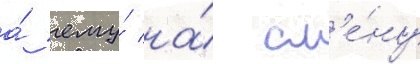
а́ ему́ на́ см'е́ну